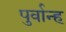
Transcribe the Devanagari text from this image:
पुर्वान्ह